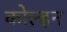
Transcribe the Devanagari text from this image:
कोल्हन